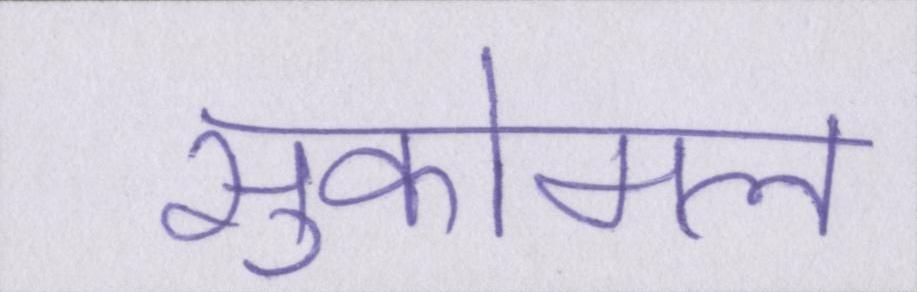
सुकोमल